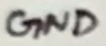
Text: GND